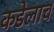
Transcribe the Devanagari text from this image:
कडेलाच